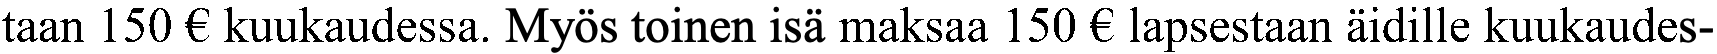
taan 150 € kuukaudessa. Myös toinen isä maksaa 150 € lapsestaan äidille kuukaudes-